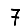
Digit: 7